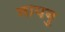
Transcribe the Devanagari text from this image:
नायबु